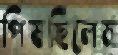
পিষছিলেম